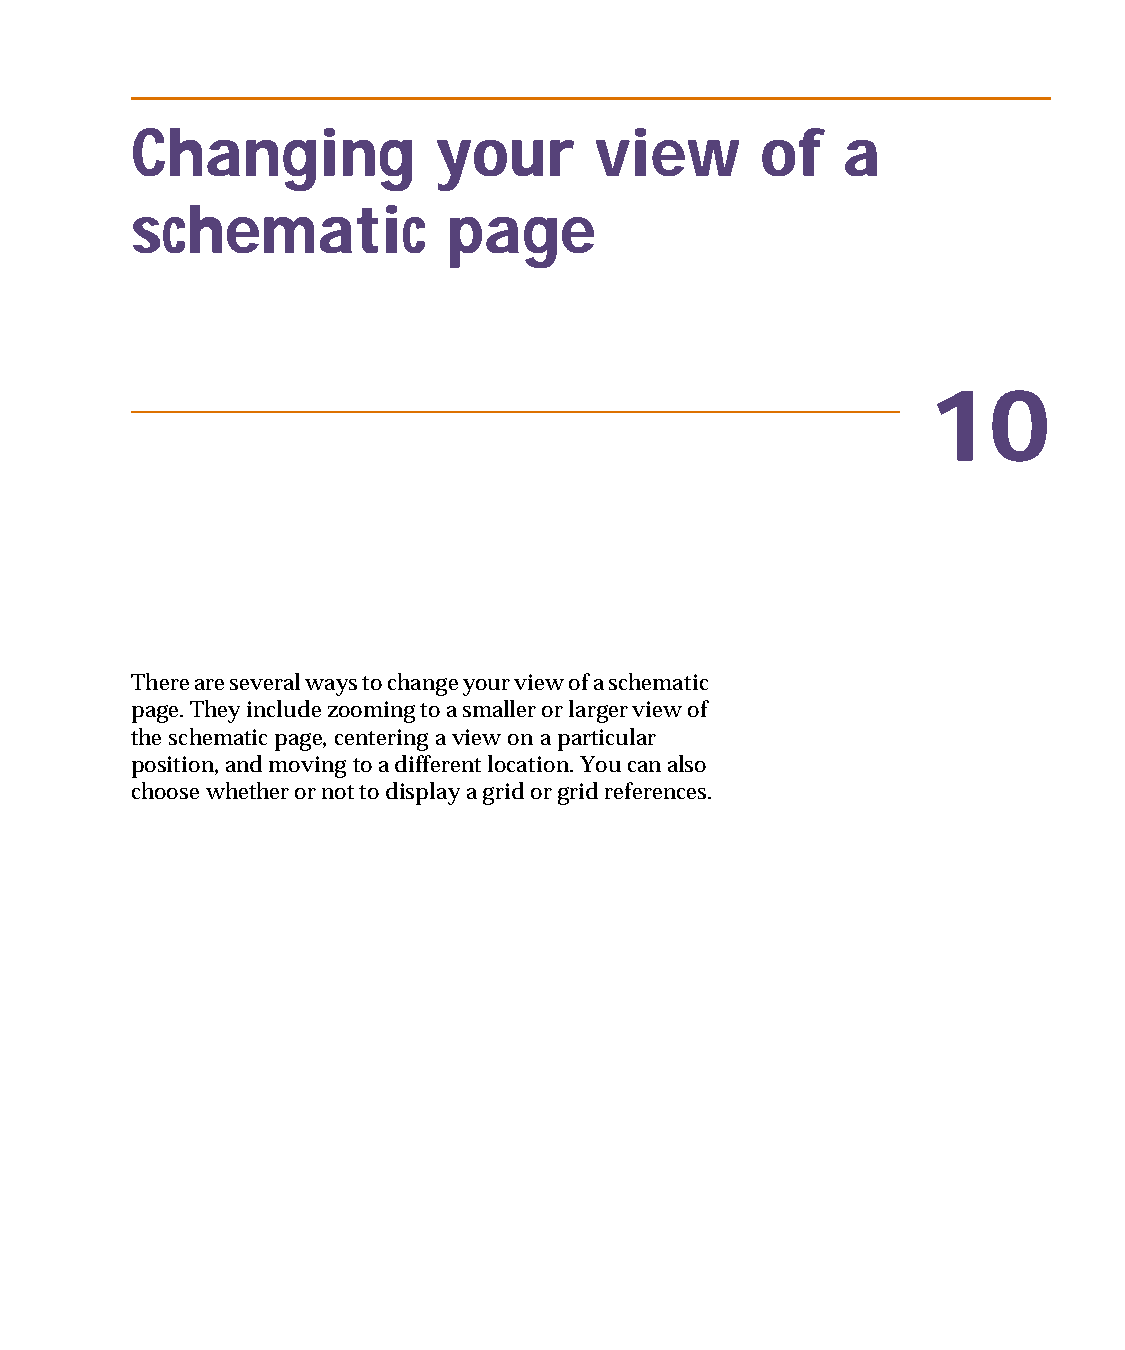
capug.book Page 179 Thursday, November 12, 1998 3:38 PM
 Changing            your      view       of    a
 schematic            page
 10
 There are several ways to change your view of a schematic
 page. They include zooming to a smaller or larger view of
 the schematic page, centering a view on a particular
 position, and moving to a different location. You can also
 choose whether or not to display a grid or grid references.